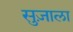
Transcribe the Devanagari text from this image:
सुज़ाला